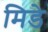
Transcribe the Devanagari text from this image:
मिडे